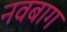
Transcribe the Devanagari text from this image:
नवबाग